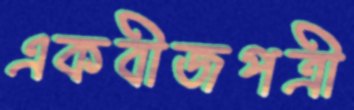
একবীজপত্রী